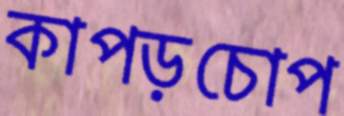
কাপড়চোপ